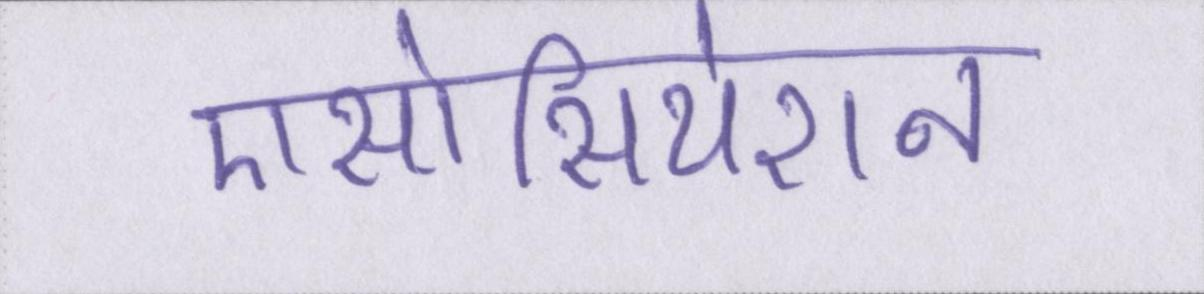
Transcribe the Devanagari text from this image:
एसोसियेशन